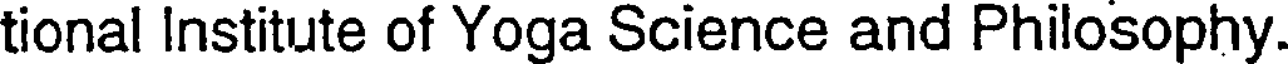
tional Institute of Yoga Science and Philosophy.